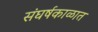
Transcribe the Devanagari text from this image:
संघर्षकाळात